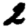
Digit: 2